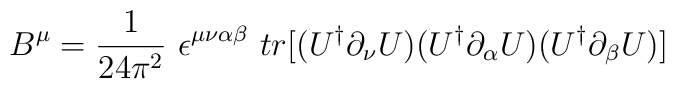
B^\mu= \frac{1}{24\pi^2}~ \epsilon^{\mu\nu\alpha\beta}~tr[(U^\dag \partial_\nu U)(U^\dag \partial_\alpha U)(U^\dag \partial_\beta U)]